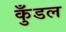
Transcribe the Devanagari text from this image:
कुँडल